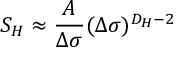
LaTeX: { \cal S } _ { H } \approx { \frac { A } { \Delta \sigma } } ( \Delta \sigma ) ^ { D _ { H } - 2 }